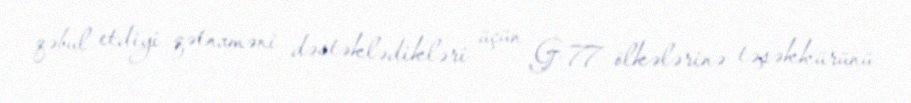
qəbul etdiyi qətnaməni dəstəklədikləri üçün G-77 ölkələrinə təşəkkürünü